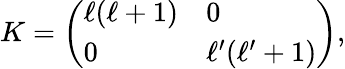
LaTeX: K=\left(\begin{array}{ll}{{\ell(\ell+1)}}&{{0}}\\ {{0}}&{{\ell^{\prime}(\ell^{\prime}+1)}}\end{array}\right),